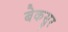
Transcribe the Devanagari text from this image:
बेकसुर